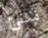
شئ